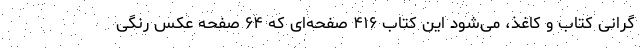
گرانی کتاب و کاغذ، می‌شود این کتاب ۴۱۶ صفحه‌ای که ۶۴ صفحه عکس رنگی